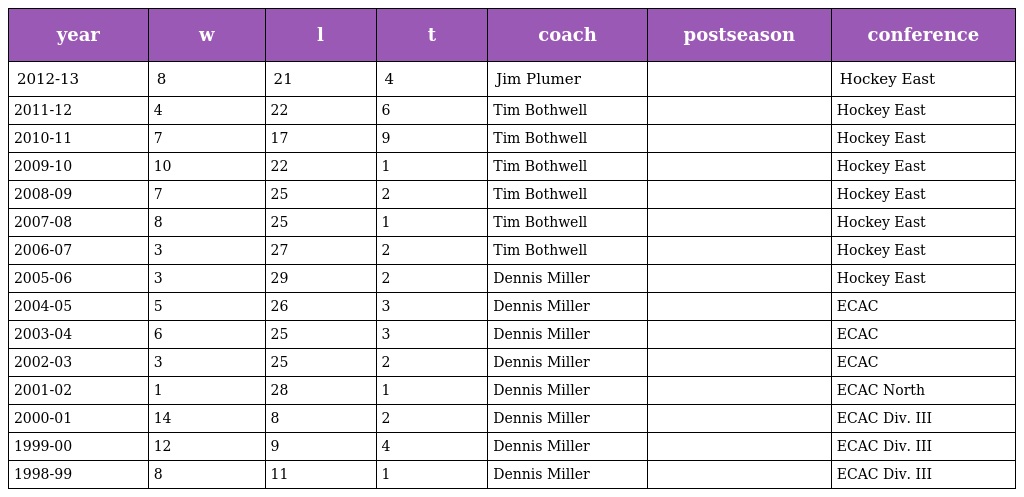
| year | w | l | t | coach | postseason | conference |
 | --- | --- | --- | --- | --- | --- | --- |
 | 2012-13 | 8 | 21 | 4 | Jim Plumer |  | Hockey East |
 | 2011-12 | 4 | 22 | 6 | Tim Bothwell |  | Hockey East |
 | 2010-11 | 7 | 17 | 9 | Tim Bothwell |  | Hockey East |
 | 2009-10 | 10 | 22 | 1 | Tim Bothwell |  | Hockey East |
 | 2008-09 | 7 | 25 | 2 | Tim Bothwell |  | Hockey East |
 | 2007-08 | 8 | 25 | 1 | Tim Bothwell |  | Hockey East |
 | 2006-07 | 3 | 27 | 2 | Tim Bothwell |  | Hockey East |
 | 2005-06 | 3 | 29 | 2 | Dennis Miller |  | Hockey East |
 | 2004-05 | 5 | 26 | 3 | Dennis Miller |  | ECAC |
 | 2003-04 | 6 | 25 | 3 | Dennis Miller |  | ECAC |
 | 2002-03 | 3 | 25 | 2 | Dennis Miller |  | ECAC |
 | 2001-02 | 1 | 28 | 1 | Dennis Miller |  | ECAC North |
 | 2000-01 | 14 | 8 | 2 | Dennis Miller |  | ECAC Div. III |
 | 1999-00 | 12 | 9 | 4 | Dennis Miller |  | ECAC Div. III |
 | 1998-99 | 8 | 11 | 1 | Dennis Miller |  | ECAC Div. III |